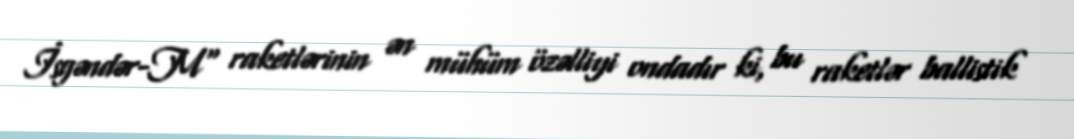
İsgəndər-M" raketlərinin ən mühüm özəlliyi ondadır ki, bu raketlər ballistik